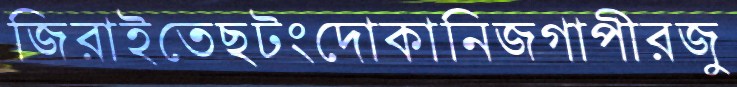
জিরাইতেছটংদোকানিজগাপীরজু